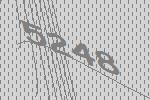
5248